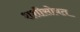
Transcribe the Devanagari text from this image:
शशीसोबत